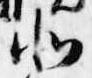
北